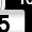
Digit: 5